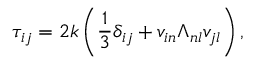
\tau _ { i j } = 2 k \left( \frac { 1 } { 3 } \delta _ { i j } + v _ { i n } \Lambda _ { n l } v _ { j l } \right) ,